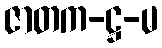
ဇာတက-ဋ္ဌ-မ